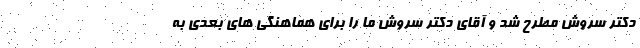
دکتر سروش مطرح شد و آقای دکتر سروش ما را برای هماهنگی های بعدی به